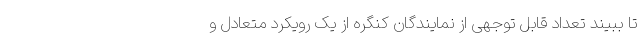
تا ببیند تعداد قابل توجهی از نمایندگان کنگره از یک رویکرد متعادل و